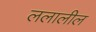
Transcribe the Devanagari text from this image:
ललालील